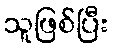
သူဖြစ်ပြီး